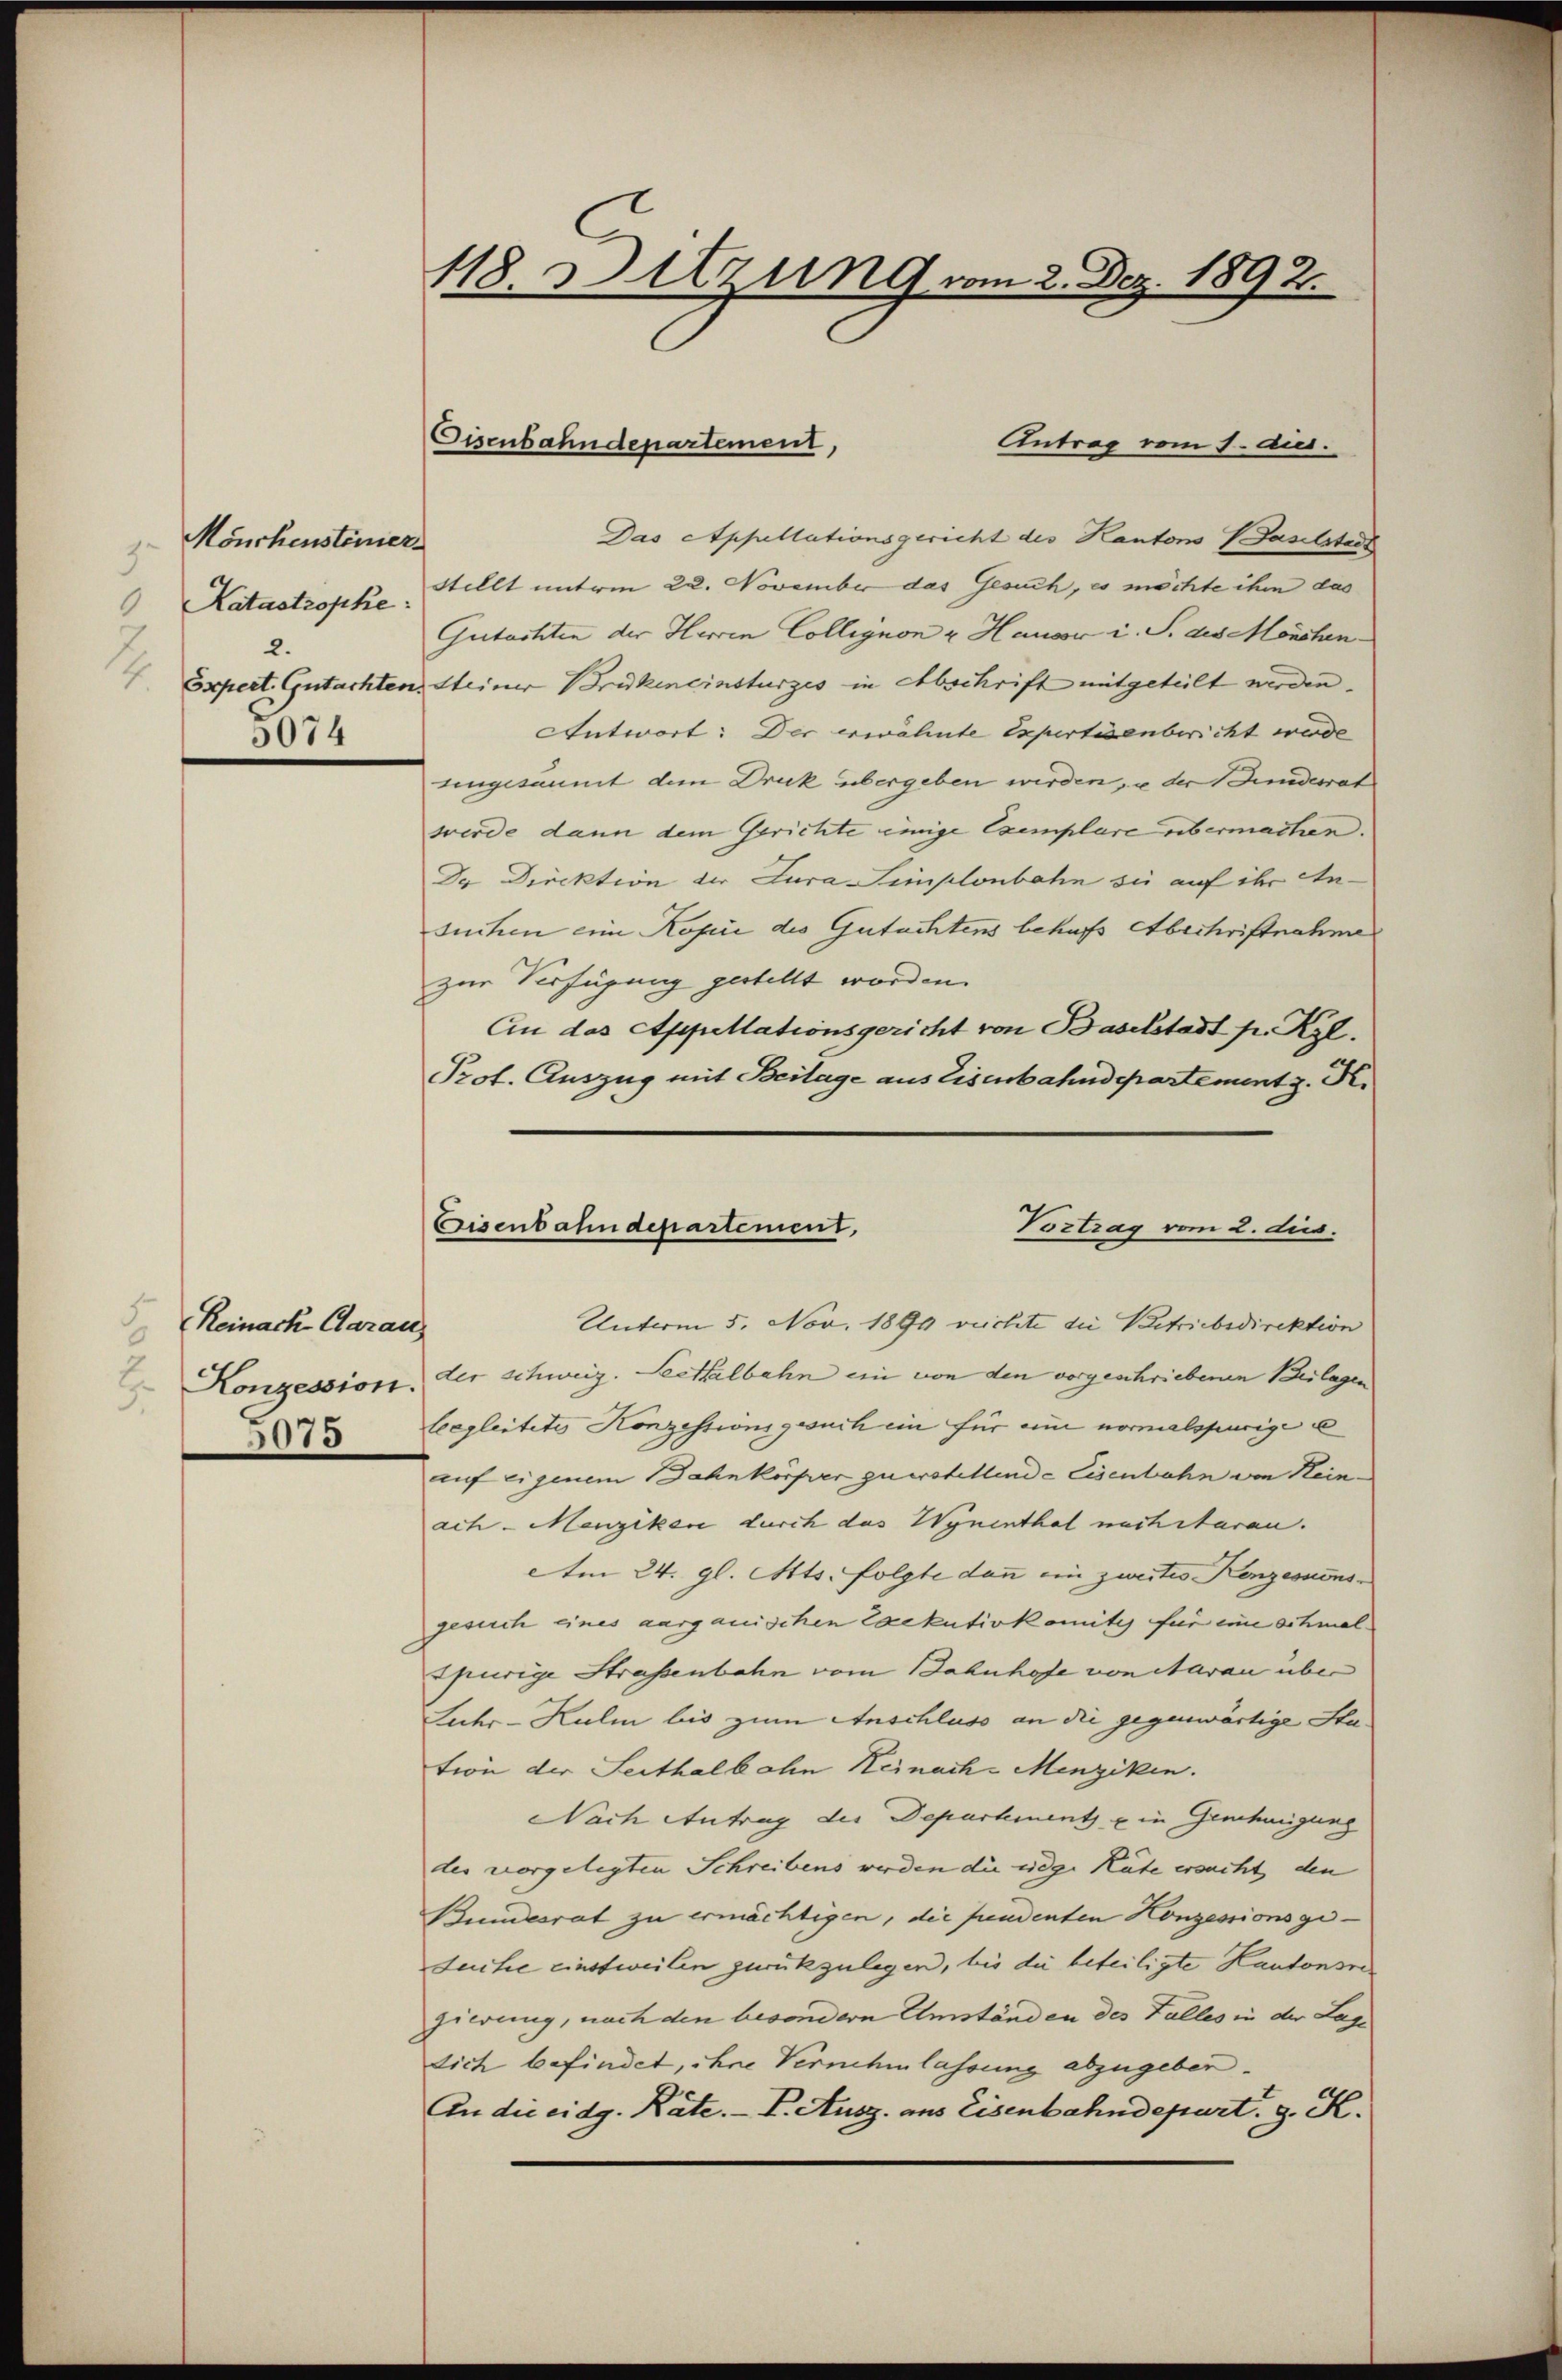
Mönchensterier
Katastrophe:
6
2.
2
5074

Reinach Carau
5075

118. Sitzung vom 2. Dez. 1892.

Cisenbahndepartement,

Antrag vom 1. Aug.
Das Appellationsgericht des Kantons Baselstadt
Stellt unterm 22. November das Gesuch, es möchte ihm das
Gutachten der Herren Collegion u. Hausor i. S. des Mönchen
Expert. Gutachten Steiner Brückeneinsturzes in Abschrift mitgeteilt werden.
Antwort: Der erwähnte Expertisenbericht werde
uingesammt dem Druck übergeben werden, u der Seiderrat
werde dann dem Gerichte einige Exemplare übermachen.
Dr Direktion der Jura Simplonbahn sie auf ihr Ansuchen eine Kopie des Gutachtens behufs Abschrift nahen
zur Verfügung gestellt worden.
Ein das Appellationsgericht von Baselstadt p. Rzl.
Prot. Auszug mit Beilage aus Eisenbahndepartement z. R.
Eisenbahndepartement,
Vortrag vom 2. dies

Unterm 5. Nov. 1899 richte die Betriebsdirektion
Konzession der schweiz. Leithalbahn ein von den vorgeschriebenen Beilagen
leegleitetes Konzessionsgesuch ein für eine normalspurige e
auf eigenem Bahnkörper zuerstellende Eisenbahn von Hein-
ach Menziker durch das Wynenthal nach staren.
Am 24. gl. Mts. folgte dann ein zweites Konzessions-
gesich eines aargauischen Exekutivkomites für eine schmal-
spurige Straßenbahn vom Bahnhofe von Aarau über
Luhr-Kulm bis zum Anschluss an die gegenwärtige Station der Seithalbahn Keinach-Menziken.
Nach Antrag der Departinent ein Genehmigung
des vorgelegten Schreibens werden die üdge Räte ersucht den
Bundesrat zu ermächtigen, die freudenten Honzessionsgeduche einstweilen zurückzulegen, bis die beteiligte Kantonsregierung, nach den besondern Umständen des Falles in der Lage
sich befindet, ihre Vernehmlassung abzugeben.
An die eidg. Räte. - I. Ausz. aus Eisenbahndepart. g. K.